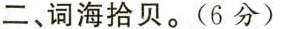
二、词海拾贝。(6分)